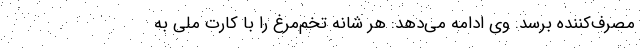
مصرف‌کننده برسد. وی ادامه می‌دهد: هر شانه تخم‌مرغ را با کارت ملی به